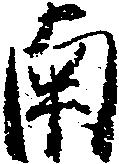
南